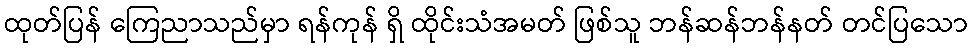
ထုတ်ပြန် ကြေညာသည်မှာ ရန်ကုန် ရှိ ထိုင်းသံအမတ် ဖြစ်သူ ဘန်ဆန်ဘန်နတ် တင်ပြသော